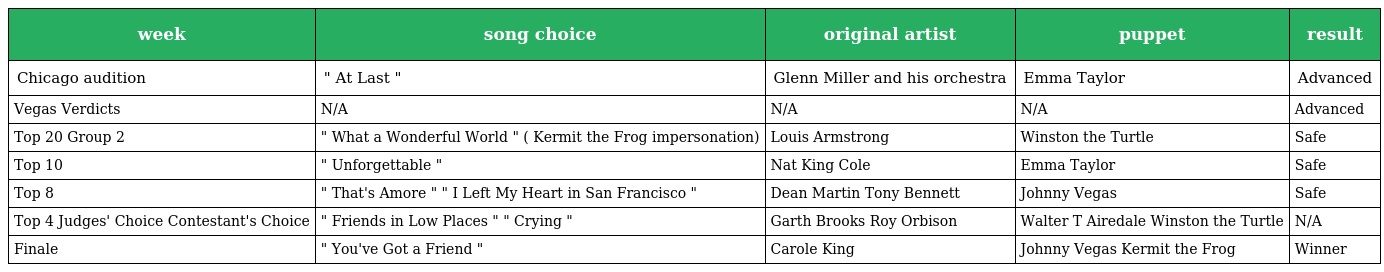
| week | song choice | original artist | puppet | result |
 | --- | --- | --- | --- | --- |
 | Chicago audition | " At Last " | Glenn Miller and his orchestra | Emma Taylor | Advanced |
 | Vegas Verdicts | N/A | N/A | N/A | Advanced |
 | Top 20 Group 2 | " What a Wonderful World " ( Kermit the Frog impersonation) | Louis Armstrong | Winston the Turtle | Safe |
 | Top 10 | " Unforgettable " | Nat King Cole | Emma Taylor | Safe |
 | Top 8 | " That's Amore " " I Left My Heart in San Francisco " | Dean Martin Tony Bennett | Johnny Vegas | Safe |
 | Top 4 Judges' Choice Contestant's Choice | " Friends in Low Places " " Crying " | Garth Brooks Roy Orbison | Walter T Airedale Winston the Turtle | N/A |
 | Finale | " You've Got a Friend " | Carole King | Johnny Vegas Kermit the Frog | Winner |